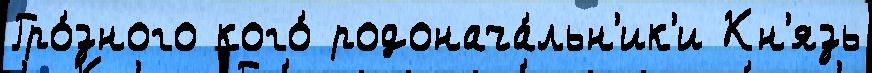
Гро́зного кого́ родонача́льн'ик'и Кн'язь